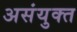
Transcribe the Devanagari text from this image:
असंयुक्‍त